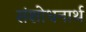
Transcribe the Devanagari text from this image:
संशोधनार्थ